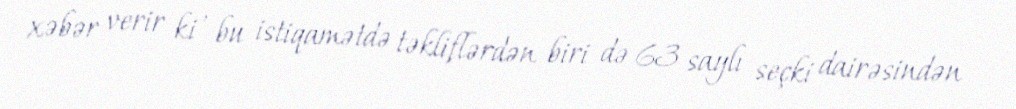
xəbər verir ki , bu istiqamətdə təkliflərdən biri də 63 saylı seçki dairəsindən